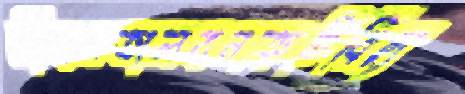
সীবনতালবনত্রুটিবিচ্যু